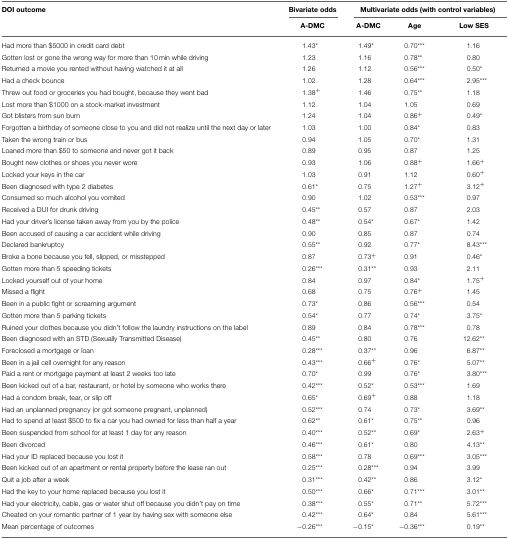
<table><thead><tr><td><b>DOI outcome</b></td><td><b>Bivariate odds</b></td><td colspan="3"><b>Multivariate odds (with control variables)</b></td></tr><tr><td></td><td><b>A-DMC</b></td><td><b>A-DMC</b></td><td><b>Age</b></td><td><b>Low SES</b></td></tr></thead><tbody><tr><td>Had more than $5000 in credit card debt</td><td>1.43<sup>*</sup></td><td>1.49<sup>*</sup></td><td>0.70<sup>***</sup></td><td>1.16</td></tr><tr><td>Gotten lost or gone the wrong way for more than 10 min while driving</td><td>1.23</td><td>1.16</td><td>0.78<sup>**</sup></td><td>0.80</td></tr><tr><td>Returned a movie you rented without having watched it at all</td><td>1.26</td><td>1.12</td><td>0.56<sup>***</sup></td><td>0.50<sup>*</sup></td></tr><tr><td>Had a check bounce</td><td>1.02</td><td>1.28</td><td>0.64<sup>***</sup></td><td>2.95<sup>***</sup></td></tr><tr><td>Threw out food or groceries you had bought, because they went bad</td><td>1.38<sup>+</sup></td><td>1.46</td><td>0.75<sup>**</sup></td><td>1.18</td></tr><tr><td>Lost more than $1000 on a stock-market investment</td><td>1.12</td><td>1.04</td><td>1.05</td><td>0.69</td></tr><tr><td>Got blisters from sun burn</td><td>1.24</td><td>1.04</td><td>0.86<sup>+</sup></td><td>0.49<sup>*</sup></td></tr><tr><td>Forgotten a birthday of someone close to you and did not realize until the next day or later</td><td>1.03</td><td>1.00</td><td>0.84<sup>*</sup></td><td>0.83</td></tr><tr><td>Taken the wrong train or bus</td><td>0.94</td><td>1.05</td><td>0.70<sup>*</sup></td><td>1.31</td></tr><tr><td>Loaned more than $50 to someone and never got it back</td><td>0.89</td><td>0.95</td><td>0.87</td><td>1.25</td></tr><tr><td>Bought new clothes or shoes you never wore</td><td>0.93</td><td>1.06</td><td>0.88<sup>+</sup></td><td>1.66<sup>+</sup></td></tr><tr><td>Locked your keys in the car</td><td>1.03</td><td>0.91</td><td>1.12</td><td>0.60<sup>+</sup></td></tr><tr><td>Been diagnosed with type 2 diabetes</td><td>0.61<sup>*</sup></td><td>0.75</td><td>1.27<sup>+</sup></td><td>3.12<sup>+</sup></td></tr><tr><td>Consumed so much alcohol you vomited</td><td>0.90</td><td>1.02</td><td>0.53<sup>***</sup></td><td>0.97</td></tr><tr><td>Received a DUI for drunk driving</td><td>0.45<sup>**</sup></td><td>0.57</td><td>0.87</td><td>2.03</td></tr><tr><td>Had your driver&#x27;s license taken away from you by the police</td><td>0.48<sup>**</sup></td><td>0.54<sup>*</sup></td><td>0.67<sup>*</sup></td><td>1.42</td></tr><tr><td>Been accused of causing a car accident while driving</td><td>0.90</td><td>0.85</td><td>0.87</td><td>0.74</td></tr><tr><td>Declared bankruptcy</td><td>0.55<sup>**</sup></td><td>0.92</td><td>0.77<sup>*</sup></td><td>8.43<sup>***</sup></td></tr><tr><td>Broke a bone because you fell, slipped, or misstepped</td><td>0.87</td><td>0.73<sup>+</sup></td><td>0.91</td><td>0.46<sup>*</sup></td></tr><tr><td>Gotten more than 5 speeding tickets</td><td>0.26<sup>***</sup></td><td>0.31<sup>**</sup></td><td>0.93</td><td>2.11</td></tr><tr><td>Locked yourself out of your home</td><td>0.84</td><td>0.97</td><td>0.84<sup>*</sup></td><td>1.75<sup>+</sup></td></tr><tr><td>Missed a flight</td><td>0.68</td><td>0.75</td><td>0.76<sup>+</sup></td><td>1.45</td></tr><tr><td>Been in a public fight or screaming argument</td><td>0.73<sup>*</sup></td><td>0.86</td><td>0.56<sup>***</sup></td><td>0.54</td></tr><tr><td>Gotten more than 5 parking tickets</td><td>0.54<sup>*</sup></td><td>0.77</td><td>0.74<sup>*</sup></td><td>3.75<sup>*</sup></td></tr><tr><td>Ruined your clothes because you didn&#x27;t follow the laundry instructions on the label</td><td>0.89</td><td>0.84</td><td>0.78<sup>***</sup></td><td>0.78</td></tr><tr><td>Been diagnosed with an STD (Sexually Transmitted Disease)</td><td>0.45<sup>**</sup></td><td>0.80</td><td>0.76</td><td>12.62<sup>**</sup></td></tr><tr><td>Foreclosed a mortgage or loan</td><td>0.28<sup>***</sup></td><td>0.37<sup>**</sup></td><td>0.96</td><td>6.87<sup>**</sup></td></tr><tr><td>Been in a jail cell overnight for any reason</td><td>0.43<sup>***</sup></td><td>0.66<sup>+</sup></td><td>0.76<sup>*</sup></td><td>5.07<sup>**</sup></td></tr><tr><td>Paid a rent or mortgage payment at least 2 weeks too late</td><td>0.70<sup>*</sup></td><td>0.99</td><td>0.76<sup>*</sup></td><td>3.80<sup>***</sup></td></tr><tr><td>Been kicked out of a bar, restaurant, or hotel by someone who works there</td><td>0.42<sup>***</sup></td><td>0.52<sup>*</sup></td><td>0.53<sup>***</sup></td><td>1.69</td></tr><tr><td>Had a condom break, tear, or slip off</td><td>0.65<sup>*</sup></td><td>0.69<sup>+</sup></td><td>0.88</td><td>1.18</td></tr><tr><td>Had an unplanned pregnancy (or got someone pregnant, unplanned)</td><td>0.52<sup>***</sup></td><td>0.74</td><td>0.73<sup>*</sup></td><td>3.69<sup>**</sup></td></tr><tr><td>Had to spend at least $500 to fix a car you had owned for less than half a year</td><td>0.62<sup>**</sup></td><td>0.61<sup>*</sup></td><td>0.75<sup>**</sup></td><td>0.96</td></tr><tr><td>Been suspended from school for at least 1 day for any reason</td><td>0.40<sup>***</sup></td><td>0.52<sup>**</sup></td><td>0.69<sup>*</sup></td><td>2.63<sup>+</sup></td></tr><tr><td>Been divorced</td><td>0.46<sup>***</sup></td><td>0.61<sup>*</sup></td><td>0.80</td><td>4.13<sup>**</sup></td></tr><tr><td>Had your ID replaced because you lost it</td><td>0.58<sup>***</sup></td><td>0.78</td><td>0.69<sup>***</sup></td><td>3.05<sup>***</sup></td></tr><tr><td>Been kicked out of an apartment or rental property before the lease ran out</td><td>0.25<sup>***</sup></td><td>0.28<sup>***</sup></td><td>0.94</td><td>3.99</td></tr><tr><td>Quit a job after a week</td><td>0.31<sup>***</sup></td><td>0.42<sup>**</sup></td><td>0.86</td><td>3.12<sup>*</sup></td></tr><tr><td>Had the key to your home replaced because you lost it</td><td>0.50<sup>***</sup></td><td>0.66<sup>*</sup></td><td>0.71<sup>***</sup></td><td>3.01<sup>**</sup></td></tr><tr><td>Had your electricity, cable, gas or water shut off because you didn&#x27;t pay on time</td><td>0.38<sup>***</sup></td><td>0.55<sup>*</sup></td><td>0.71<sup>**</sup></td><td>5.72<sup>***</sup></td></tr><tr><td>Cheated on your romantic partner of 1 year by having sex with someone else</td><td>0.42<sup>***</sup></td><td>0.64<sup>*</sup></td><td>0.84</td><td>5.61<sup>***</sup></td></tr><tr><td>Mean percentage of outcomes</td><td>−0.26<sup>***</sup></td><td>−0.15<sup>*</sup></td><td>−0.36<sup>***</sup></td><td>0.19<sup>**</sup></td></tr></tbody></table>